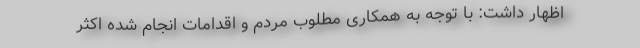
اظهار داشت: با توجه به همکاری مطلوب مردم و اقدامات انجام شده اکثر